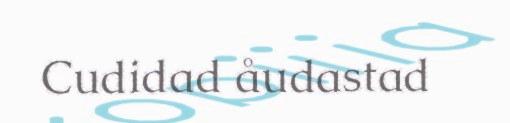
Cudidad åudastad